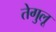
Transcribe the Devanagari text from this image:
तेगुलू